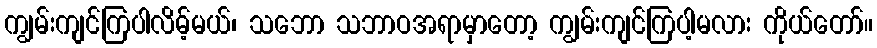
ကျွမ်းကျင်ကြပါလိမ့်မယ်၊ သဘော သဘာဝအရာမှာတော့ ကျွမ်းကျင်ကြပါ့မလား ကိုယ်တော်။